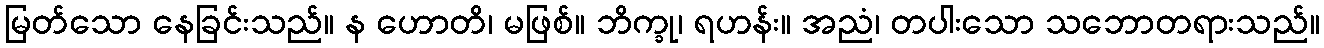
မြတ်သော နေခြင်းသည်။ န ဟောတိ၊ မဖြစ်။ ဘိက္ခု၊ ရဟန်း။ အညံ၊ တပါးသော သဘောတရားသည်။